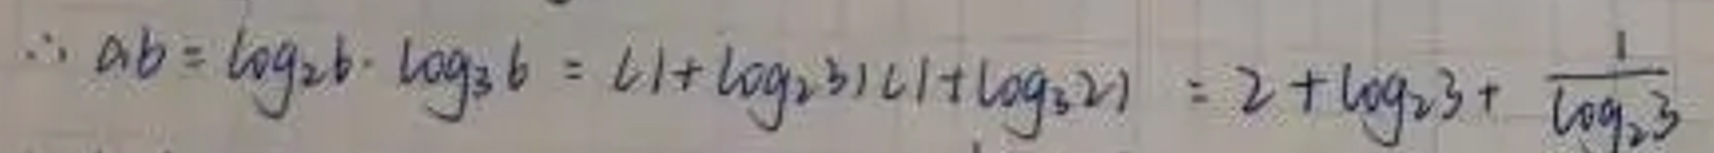
\[
\begin{align*}
\therefore ab&=\log _{2}b\cdot\log _{3}b=(1 + \log _{2}3)(1+\log _{3}2)\\
&=2+\log _{2}3+\frac{1}{\log _{2}3}
\end{align*}
\]